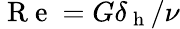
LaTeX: \mathrm{~R~e~}=G\delta_{\mathrm{~h~}}/\nu